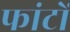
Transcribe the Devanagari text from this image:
फांटों